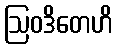
ဩဝဒိတေဟိ